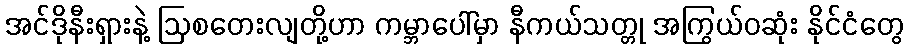
အင်ဒိုနီးရှားနဲ့ ဩစတေးလျတို့ဟာ ကမ္ဘာပေါ်မှာ နီကယ်သတ္တု အကြွယ်ဝဆုံး နိုင်ငံတွေ